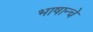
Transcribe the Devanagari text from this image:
भाषान्चे